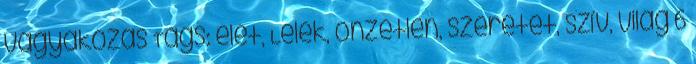
vágyakozás Tags: élet, Lélek, önzetlen, szeretet, szív, világ 6